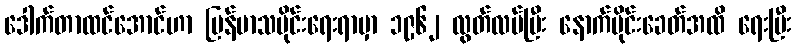
ဒေါက်တာထင်အောင်ဟာ မြန်မာသမိုင်းရေးရာမှာ ၁၉၆၂ လွတ်လပ်ပြီး နောက်ပိုင်းခေတ်အထိ ရေးပြီး